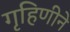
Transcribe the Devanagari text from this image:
गृहिणीने